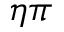
\eta \pi